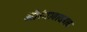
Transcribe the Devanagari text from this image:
औरंगाबादबाद